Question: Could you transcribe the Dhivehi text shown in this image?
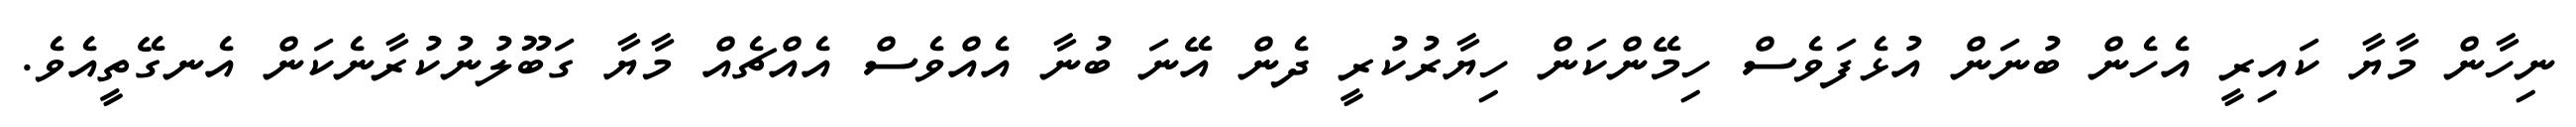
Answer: ނިހާން މާޔާ ކައިރީ އެހެން ބުނަން އުޅެފަވެސް ހިމޭންކަން ހިޔާރުކުރީ ދެން އޭނަ ބުނާ އެއްވެސް އެއްޗެއް މާޔާ ގަބޫލުނުކުރާނެކަން އެނގޭތީއެވެ.